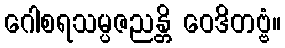
ဂေါစရသမ္ပဇညန္တိ ဝေဒိတဗ္ဗံ။